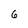
Character: 6